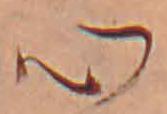
心